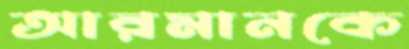
আরমানকে